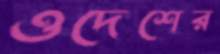
ওদেশের